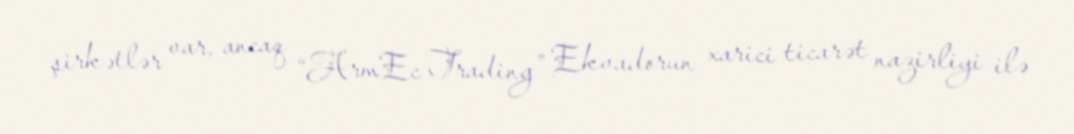
şirkətlər var, ancaq “ArmEc Trading” Ekvadorun xarici ticarət nazirliyi ilə